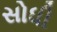
સોધી